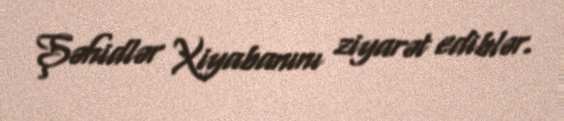
Şəhidlər Xiyabanını ziyarət ediblər.